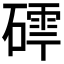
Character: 𮀽